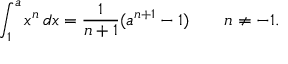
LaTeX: \int _ { 1 } ^ { a } x ^ { n } \, d x = { \frac { 1 } { n + 1 } } ( a ^ { n + 1 } - 1 ) \qquad n \neq - 1 .